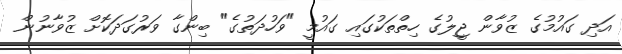
އަދި ގައުމުގެ ޒުވާން ޖީލުގެ ހިތްތަކުގައި ގައުމީ "ވަހުދަތުގެ" ބިންގާ ވަރުގަދަކޮށް ޒުވާނުން